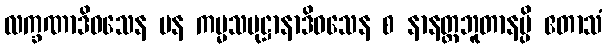
လက္ခဏာဒိဝသေန ပန ကမ္မသမုဋ္ဌာနာဒိဝသေန စ နာနတ္တဘူတာနမ္ပိ ဧတာသံ